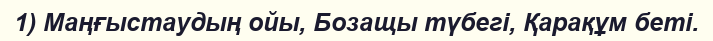
1) Маңғыстаудың ойы, Бозащы түбегі, Қарақұм беті.